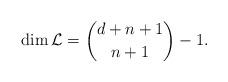
LaTeX: \begin{align*}\dim\mathcal L={{d+n+1}\choose {n+1}}-1.\end{align*}